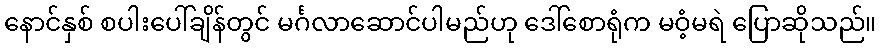
နောင်နှစ် စပါးပေါ်ချိန်တွင် မင်္ဂလာဆောင်ပါမည်ဟု ဒေါ်စောရုံက မဝံ့မရဲ ပြောဆိုသည်။